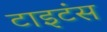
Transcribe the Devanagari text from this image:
टाइटंस